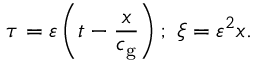
\tau = \varepsilon \left( t - \frac { x } { c _ { \mathrm { g } } } \right) ; \; \xi = \varepsilon ^ { 2 } x .